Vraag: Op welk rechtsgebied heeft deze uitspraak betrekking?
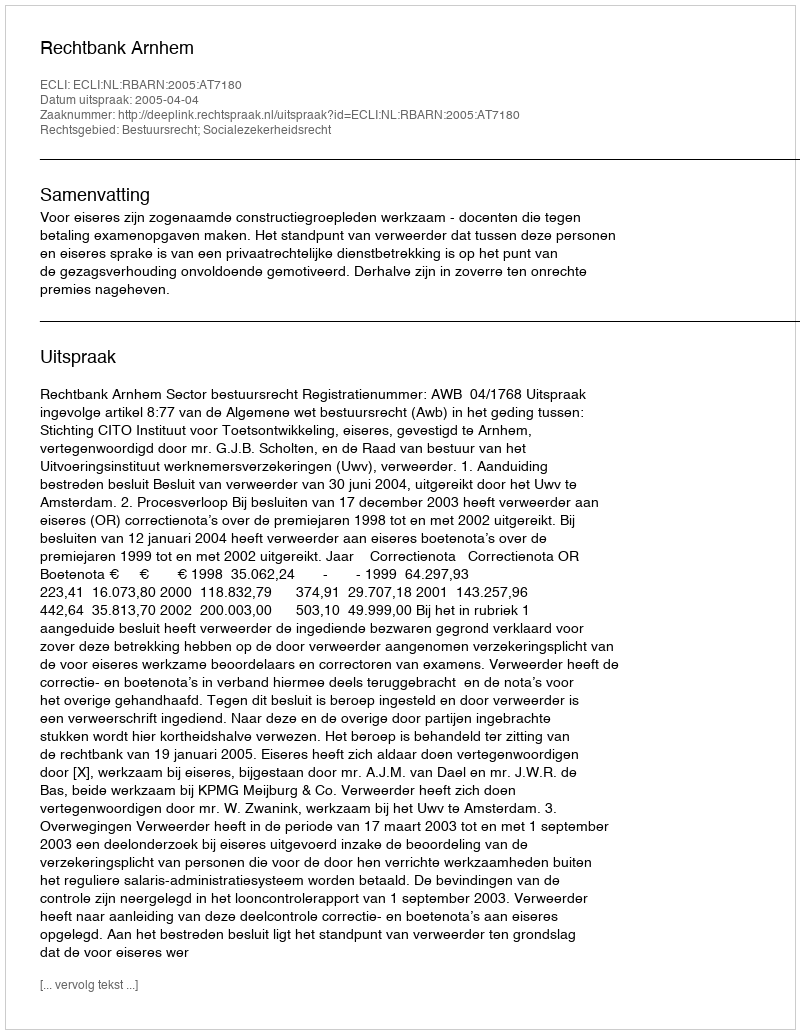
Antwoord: Bestuursrecht; Socialezekerheidsrecht